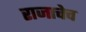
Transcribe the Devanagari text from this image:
राजाचेच